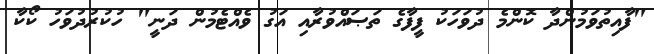
"ފާއިތުވަމުންދާ ކޮންމެ ދުވަހަކު ފީފާގެ ތަޞައްވުރާއި އަގު ވެއްޓެމުން ދަނީ" ހުކުރުދުވަހު ކޯކާ